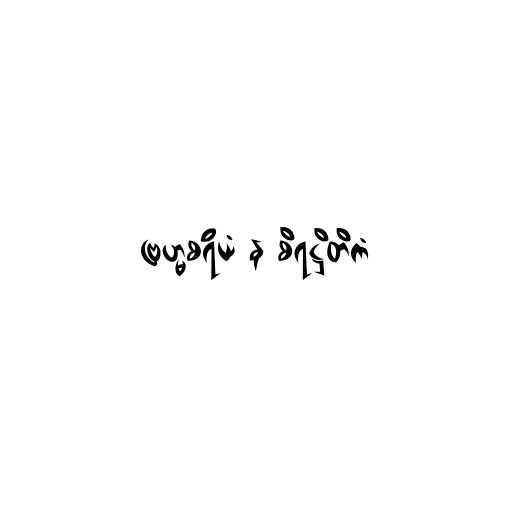
ဗြဟ္မစရိယံ န စိရဋ္ဌိတိကံ